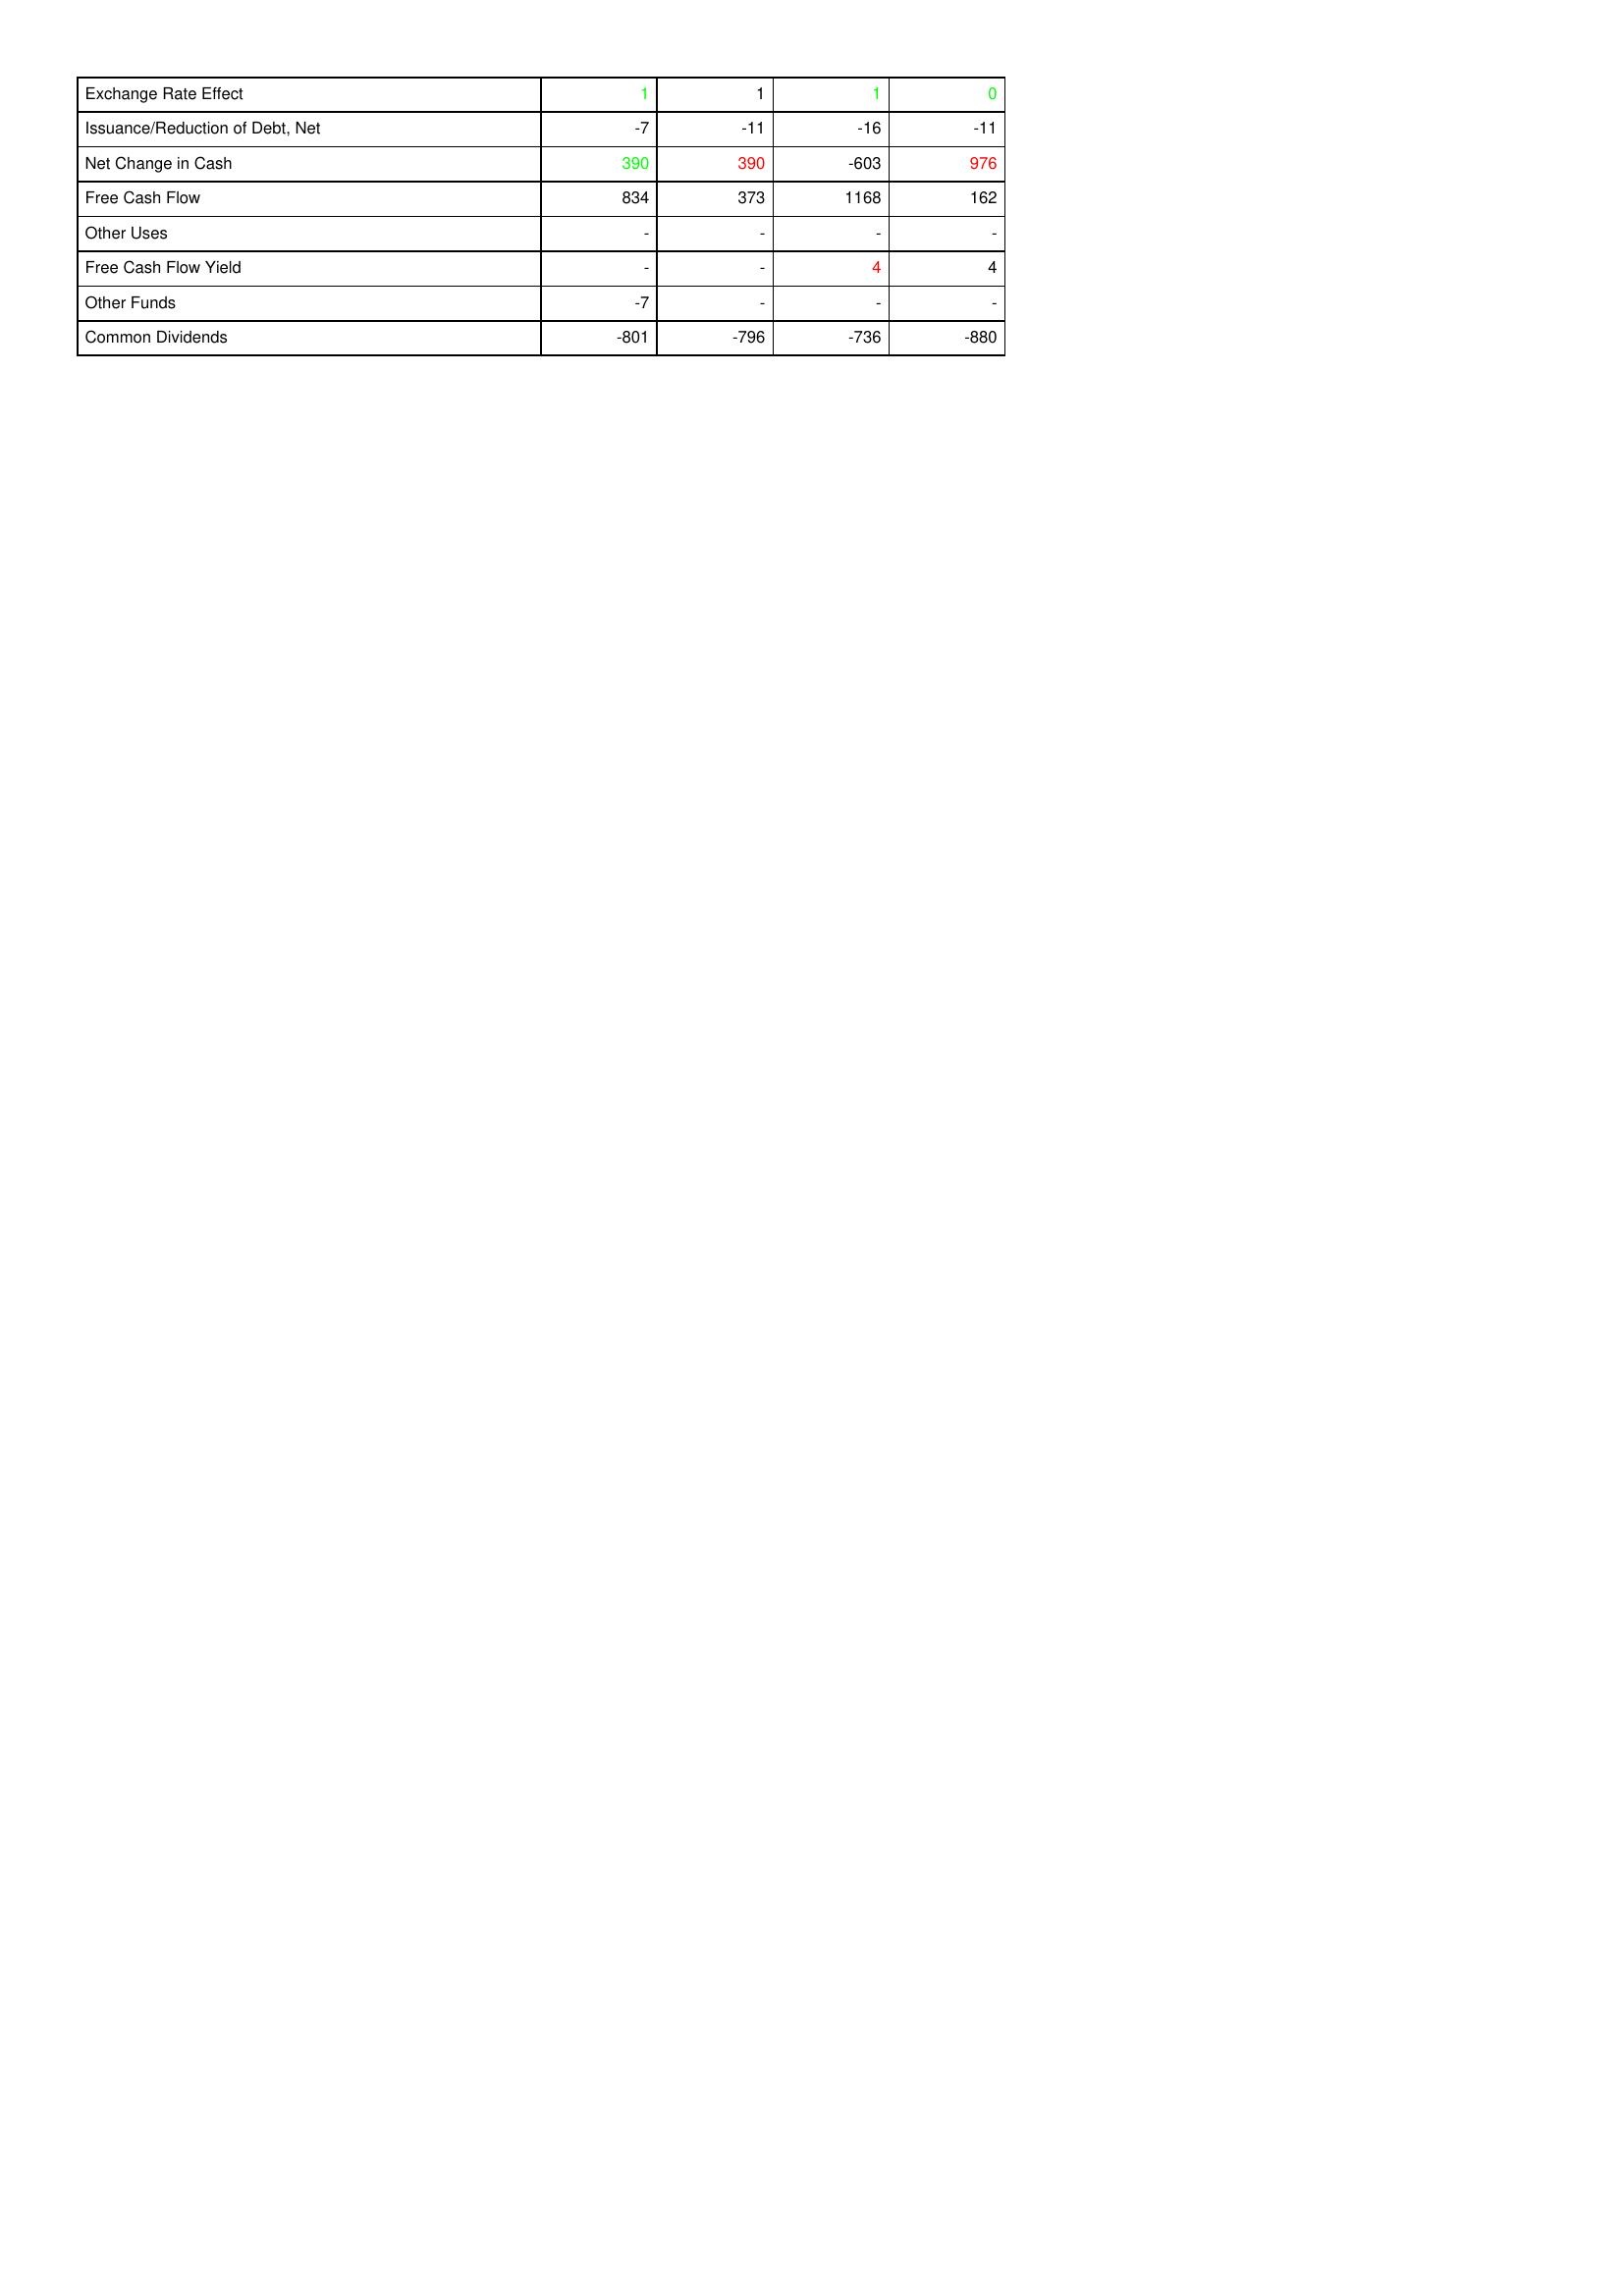
gt_parse: 2019: Financing Activities: Exchange Rate Effect: 1
Issuance/Reduction of Debt, Net: -7
Net Change in Cash: 390
Free Cash Flow: 834
Other Uses: -
Free Cash Flow Yield: -
Other Funds: -7
Common Dividends: -801
2018: Financing Activities: Exchange Rate Effect: 1
Issuance/Reduction of Debt, Net: -11
Net Change in Cash: 390
Free Cash Flow: 373
Other Uses: -
Free Cash Flow Yield: -
Other Funds: -
Common Dividends: -796
2017: Financing Activities: Exchange Rate Effect: 1
Issuance/Reduction of Debt, Net: -16
Net Change in Cash: -603
Free Cash Flow: 1168
Other Uses: -
Free Cash Flow Yield: 4
Other Funds: -
Common Dividends: -736
2016: Financing Activities: Exchange Rate Effect: 0
Issuance/Reduction of Debt, Net: -11
Net Change in Cash: 976
Free Cash Flow: 162
Other Uses: -
Free Cash Flow Yield: 4
Other Funds: -
Common Dividends: -880